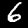
Digit: 6